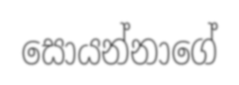
සොයන්නාගේ